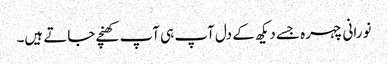
نورانی چہرہ جسے دیکھ کے دل آپ ہی آپ کھنچے جاتے ہیں۔